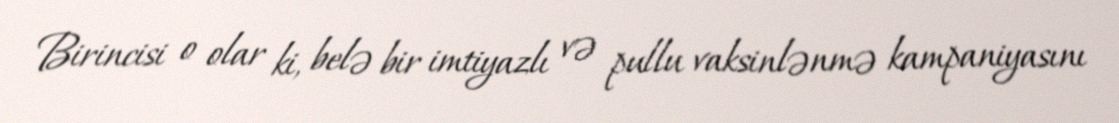
Birincisi o olar ki, belə bir imtiyazlı və pullu vaksinlənmə kampaniyasını